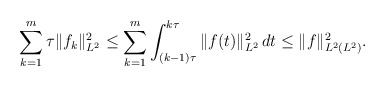
\begin{align*}\sum_{k = 1}^m \tau \|f_k\|_{L^2}^2 \le \sum_{k = 1}^m \int_{(k - 1) \tau}^{k \tau}\|f(t)\|_{L^2}^2\,dt \le \|f\|_{L^2(L^2)}^2.\end{align*}